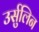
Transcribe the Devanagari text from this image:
उर्सुलिन